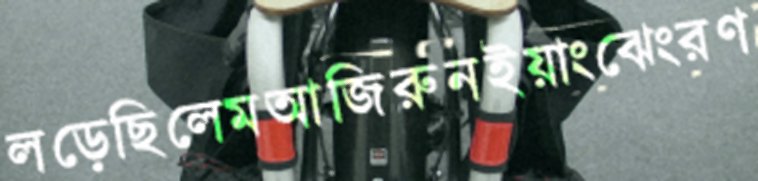
লড়েছিলেমআজিরুনইয়াংঝেংরণ